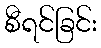
စီရင်ခြင်း